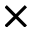
\times